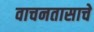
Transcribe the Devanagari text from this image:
वाचनतासाचे